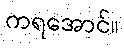
ကရအောင်။